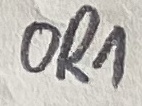
Text: OR1